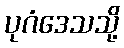
ပုဂံဒေသသို့